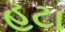
હટા